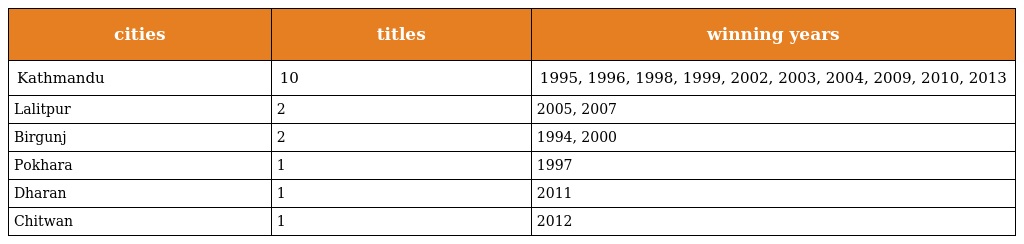
| cities | titles | winning years |
 | --- | --- | --- |
 | Kathmandu | 10 | 1995, 1996, 1998, 1999, 2002, 2003, 2004, 2009, 2010, 2013 |
 | Lalitpur | 2 | 2005, 2007 |
 | Birgunj | 2 | 1994, 2000 |
 | Pokhara | 1 | 1997 |
 | Dharan | 1 | 2011 |
 | Chitwan | 1 | 2012 |